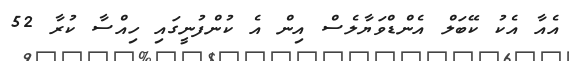
އެއާ އެކު ކޭބަލް އެންޑްވަޔާލެސް އިން އެ ކުންފުނީގައި ހިއްސާ ކުރާ 52